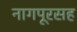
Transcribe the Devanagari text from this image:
नागपूरसह